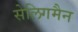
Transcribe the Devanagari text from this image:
सेलिगमैन